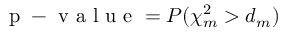
\mathrm { ~ p ~ - ~ v ~ a ~ l ~ u ~ e ~ } = P ( \chi _ { m } ^ { 2 } > d _ { m } ) \quad